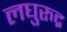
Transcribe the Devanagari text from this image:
लघुरुद्र